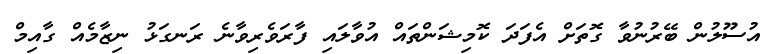
އުސޫލުން ބޭރުނުވާ ގޮތަށް އެފަދަ ކޮމިޝަންތައް އުވާލައި ފާރަވެރިވާނެ ރަނގަޅު ނިޒާމެއް ގާއިމް